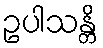
ဥပါသန္တိ